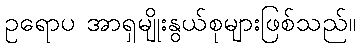
ဥရောပ အာရှမျိုးနွယ်စုများဖြစ်သည်။